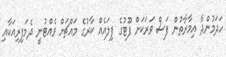
ހަދަމުންދާ އިމާރާތުން ފަސް ވަރަކަށް ފޫޓުގެ ފިލައެއް ކާރުގެ މައްޗަށް ވެއްޓުނީ ދެމަފިރިއަކާއި